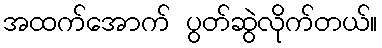
အထက်အောက် ပွတ်ဆွဲလိုက်တယ်။